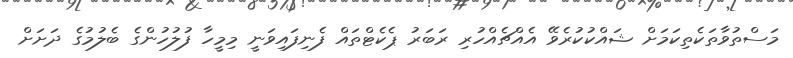
މަސްތުވާތަކެތިކަމަށް ޝައްކުކުރެވޭ އެއްޗެއްހުރި ރަބަރު ޕެކެޓްތައް ފެނިފައިވަނީ މިމީހާ ފުލުހުންގެ ބެލުމުގެ ދަށަށް